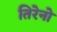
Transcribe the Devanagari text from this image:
तिरेनो